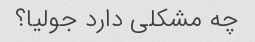
چه مشکلی دارد جولیا؟